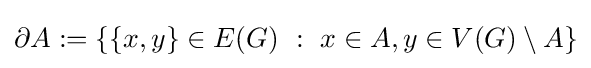
\partial A:=\{\{x,y\}\in E(G)\ :\ x\in A,y\in V(G)\setminus A\}